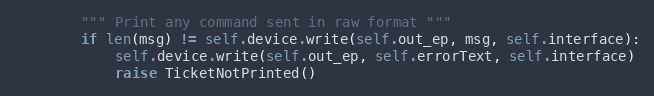
Language: Python
        """ Print any command sent in raw format """
        if len(msg) != self.device.write(self.out_ep, msg, self.interface):
            self.device.write(self.out_ep, self.errorText, self.interface)
            raise TicketNotPrinted()